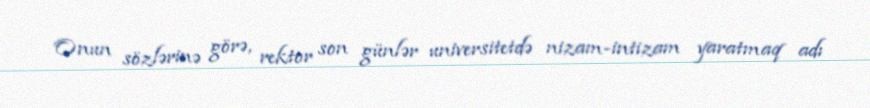
Onun sözlərinə görə, rektor son günlər universitetdə nizam-intizam yaratmaq adı